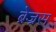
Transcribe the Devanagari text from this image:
ब्रेज्रस